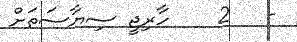
-   2    ހާރިޖީ ސިޔާސަތަށް